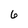
Character: 6